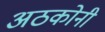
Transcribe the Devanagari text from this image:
अठकोनी